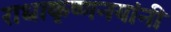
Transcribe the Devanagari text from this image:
राधाकृष्णनयांनी